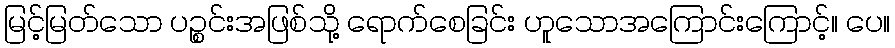
မြင့်မြတ်သော ပဉ္စင်းအဖြစ်သို့ ရောက်စေခြင်း ဟူသောအကြောင်းကြောင့်။ ပေ။